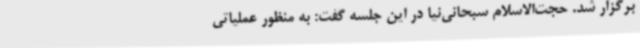
برگزار شد. حجت‌الاسلام سبحانی‌نیا در این جلسه گفت: به منظور عملیاتی